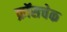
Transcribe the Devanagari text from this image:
क्रॉसचेक